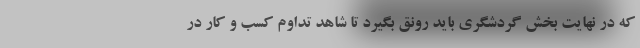
که در نهایت بخش گردشگری باید رونق بگیرد تا شاهد تداوم کسب و کار در